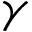
\gamma